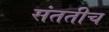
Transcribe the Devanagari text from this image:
संततीच